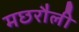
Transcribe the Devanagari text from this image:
मछरौली